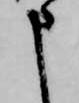
申